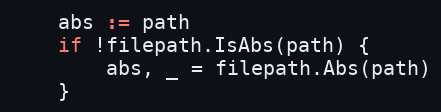
Language: Go
	abs := path
	if !filepath.IsAbs(path) {
		abs, _ = filepath.Abs(path)
	}